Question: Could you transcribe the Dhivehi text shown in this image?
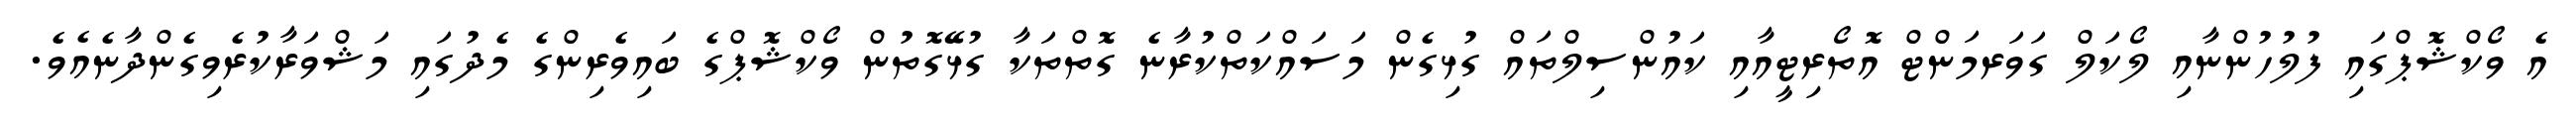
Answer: އެ ވޯކްޝޮޕްގައި ފުލުހުންނާއި ލޯކަލް ގަވަރމަންޓް އޮތޯރިޓީއާއި ކައުންސިލްތައް ގުޅިގެން މަސައްކަތްކުރާނެ ގޮތްތަކާ ގުޅޭގޮތުން ވޯކްޝޮޕްގެ ބައިވެރިންގެ މެދުގައި މަޝްވަރާކުރެވިގެންދާނެއެވެ.